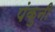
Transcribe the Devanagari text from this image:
पंकुनी